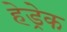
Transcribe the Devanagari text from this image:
हेड्रेक